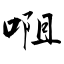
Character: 唨